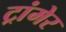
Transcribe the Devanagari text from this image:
ट्रांमेर